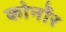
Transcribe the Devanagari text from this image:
कोर्नोर